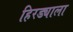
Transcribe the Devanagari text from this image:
हिरड्याला